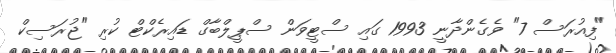
"ފިއުރަސް 7" ވެގެންދާނީ 1993 ގައި ސްޓީވަން ސްޕީލްބާގް ޑައިރެކްޓް ކުރި "ޖުރަސިކް